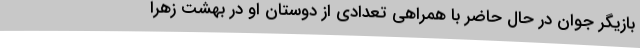
بازیگر جوان در حال حاضر با همراهی تعدادی از دوستان او در بهشت زهرا